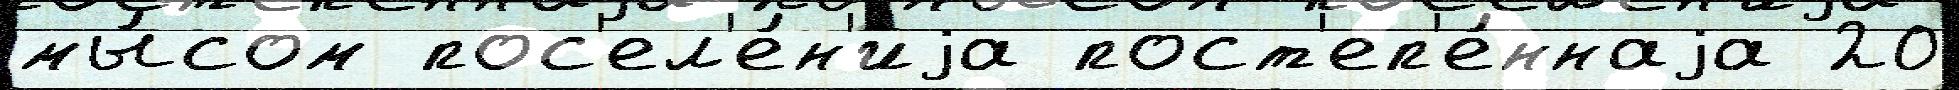
мы́сом пос'ел'е́н'иjа пост'еп'е́ннаjа 20